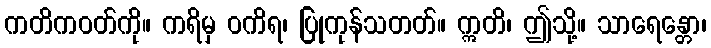
ကတိကဝတ်ကို။ ကရိမှ ဝကိရ၊ ပြုကုန်သတတ်။ ဣတိ၊ ဤသို့။ သာရေန္တော၊